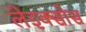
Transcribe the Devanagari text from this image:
लेइक्सोस